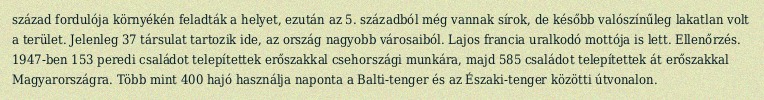
század fordulója környékén feladták a helyet, ezután az 5. századból még vannak sírok, de később valószínűleg lakatlan volt a terület. Jelenleg 37 társulat tartozik ide, az ország nagyobb városaiból. Lajos francia uralkodó mottója is lett. Ellenőrzés. 1947-ben 153 peredi családot telepítettek erőszakkal csehországi munkára, majd 585 családot telepítettek át erőszakkal Magyarországra. Több mint 400 hajó használja naponta a Balti-tenger és az Északi-tenger közötti útvonalon.